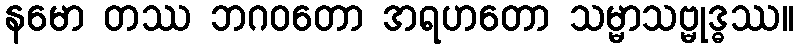
နမော တဿ ဘဂ၀တော အရဟတော သမ္မာသဗ္မုဒ္ဓဿ။